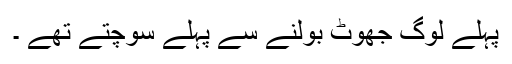
پہلے لوگ جھوٹ بولنے سے پہلے سوچتے تھے ۔